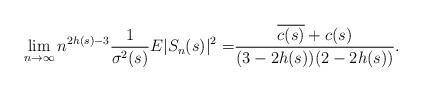
LaTeX: \begin{align*}\lim_{n \to \infty} n^{2h(s)-3}\frac{1}{\sigma^2(s)}E|S_{n}(s)|^2=&\frac{\overline{c(s)}+c(s)}{(3-2h(s))(2-2h(s))}.\end{align*}